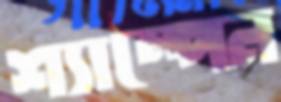
শ্যাম্পেন